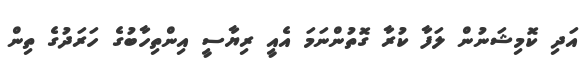
އަދި ކޮމިޝަނުން ލަފާ ކުރާ ގޮތުންނަމަ އެއީ ރިޔާސީ އިންތިހާބުގެ ހަރަދުގެ ތިން